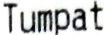
TUMPAT